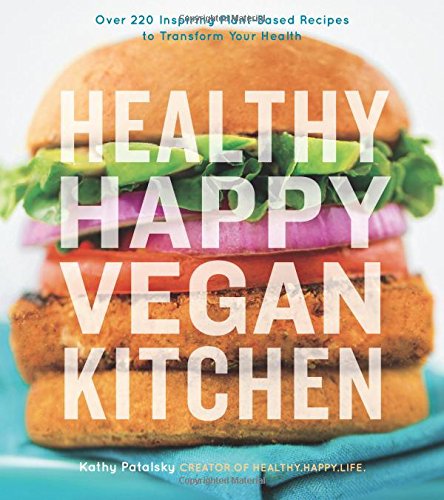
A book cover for Healthy Happy Vegan Kitchen; Kathy Patalsky; Cookbooks, Food & Wine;